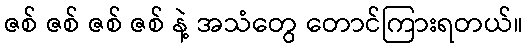
ဇစ် ဇစ် ဇစ် ဇစ် နဲ့ အသံတွေ တောင်ကြားရတယ်။